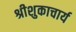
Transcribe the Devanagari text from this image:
श्रीशुकाचार्य